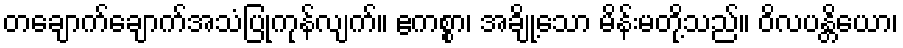
တချောက်ချောက်အသံပြုကုန်လျက်။ ဧကစ္စာ၊ အချို့သော မိန်းမတို့သည်။ ဝိလပန္တိယော၊